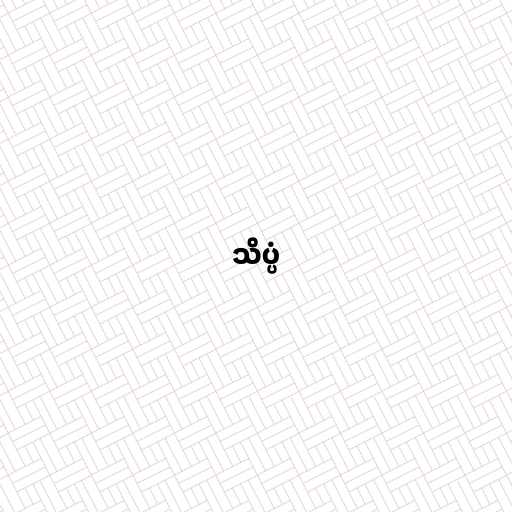
သိပ္ပံ